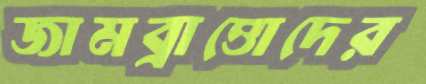
জামব্রাত্তোদের